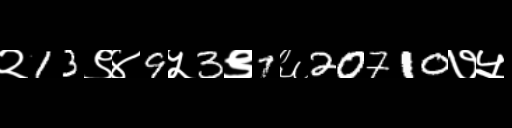
Text: २13९४9५3९7६20710७५